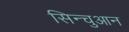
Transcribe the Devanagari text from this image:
सिन्चुआन